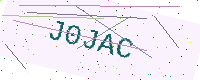
Text: J0JAC